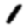
Digit: 1